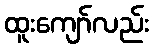
ထူးကျော်လည်း